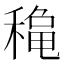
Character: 𥡄